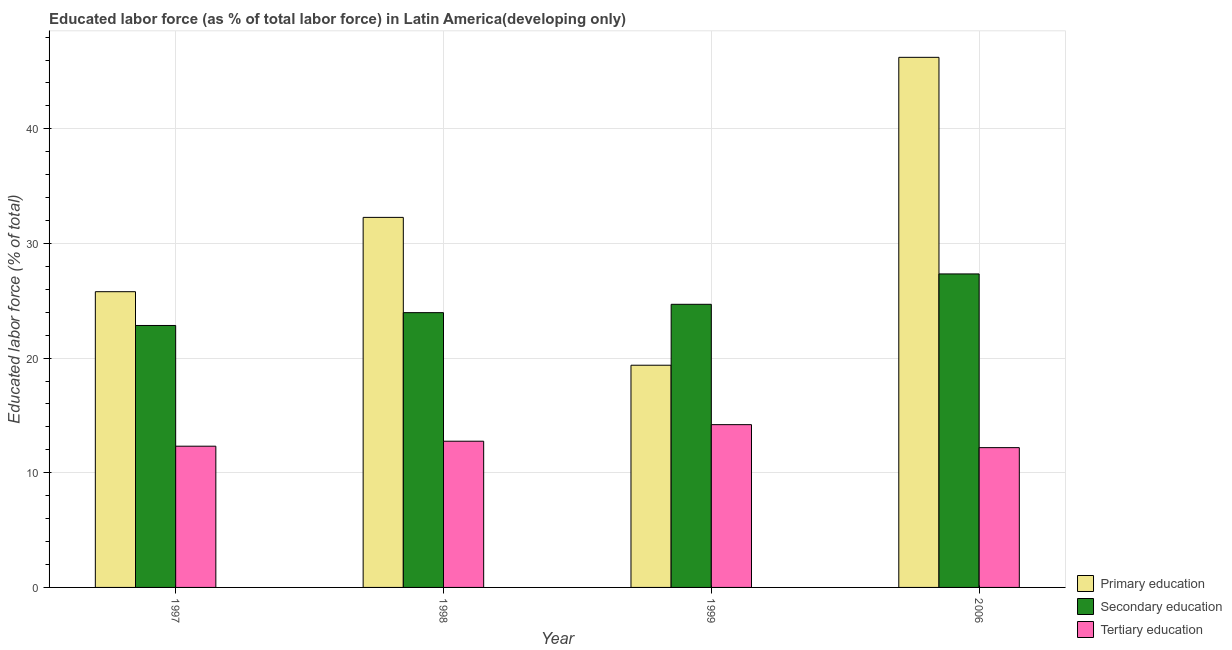
| Year | Primary education | Secondary education | Tertiary education |
 | --- | --- | --- | --- |
 | 1997 | 25.8 | 22.8 | 12.3 |
 | 1998 | 32.3 | 24 | 12.8 |
 | 1999 | 19.4 | 24.7 | 14.2 |
 | 2006 | 46.2 | 27.3 | 12.2 |